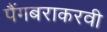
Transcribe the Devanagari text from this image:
पैंगबराकरवी